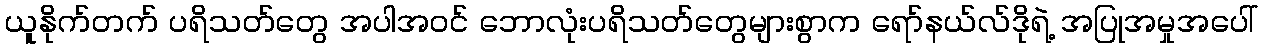
ယူနိုက်တက် ပရိသတ်တွေ အပါအဝင် ဘောလုံးပရိသတ်တွေများစွာက ရော်နယ်လ်ဒိုရဲ့ အပြုအမှုအပေါ်